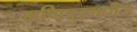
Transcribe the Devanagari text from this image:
मणिपुरमधील